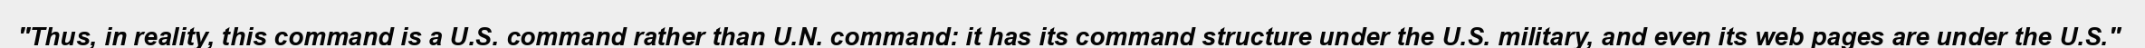
"Thus, in reality, this command is a U.S. command rather than U.N. command: it has its command structure under the U.S. military, and even its web pages are under the U.S."